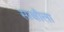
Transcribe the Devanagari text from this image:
साक्षीला